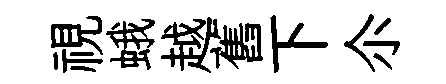
視蛾越舊下尒